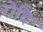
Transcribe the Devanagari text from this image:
रोदि